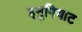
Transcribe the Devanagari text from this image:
इनुपियाट